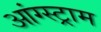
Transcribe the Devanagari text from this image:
आंग्स्ट्राम